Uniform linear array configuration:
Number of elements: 8
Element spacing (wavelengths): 0.25
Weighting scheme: blackman
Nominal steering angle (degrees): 45
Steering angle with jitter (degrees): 46.994
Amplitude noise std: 0.05
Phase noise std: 0.05

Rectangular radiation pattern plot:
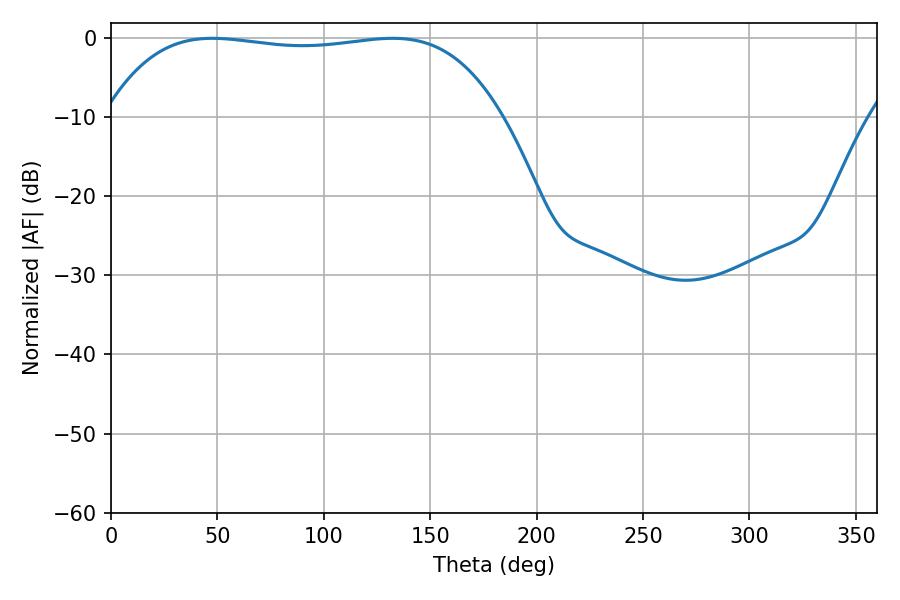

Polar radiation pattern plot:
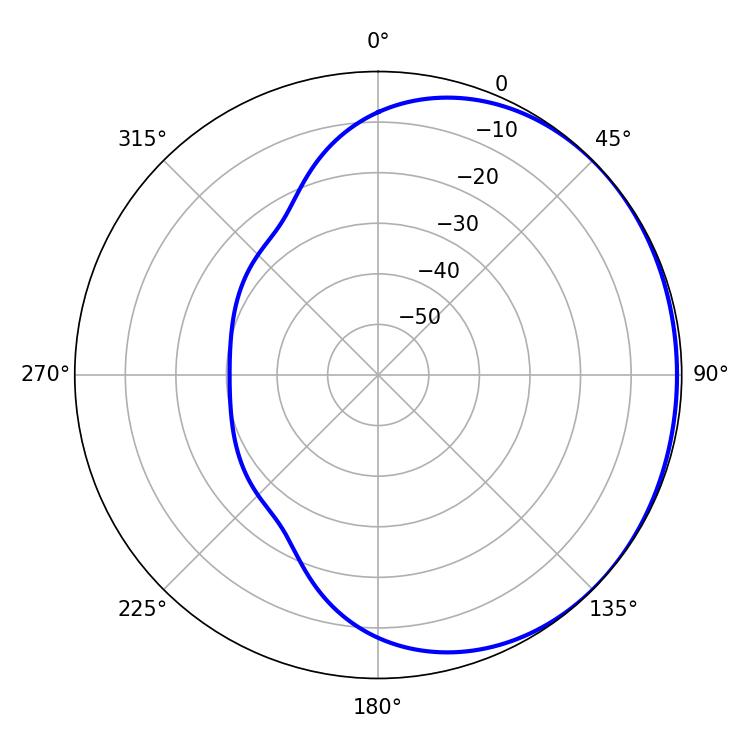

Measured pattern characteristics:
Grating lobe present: FALSE
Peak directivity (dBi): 0.6621
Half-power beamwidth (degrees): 147.96
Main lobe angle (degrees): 47.7